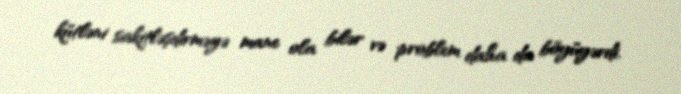
kütləni sakitləşdirməyə mane ola bilər və problem daha da böyüyərdi.